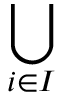
\bigcup _ { i \in I }